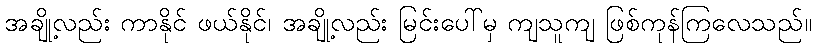
အချို့လည်း ကာနိုင် ဖယ်နိုင်၊ အချို့လည်း မြင်းပေါ်မှ ကျသူကျ ဖြစ်ကုန်ကြလေသည်။